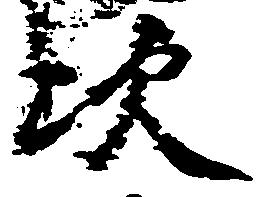
次